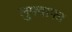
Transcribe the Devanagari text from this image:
लुफ्वाफा